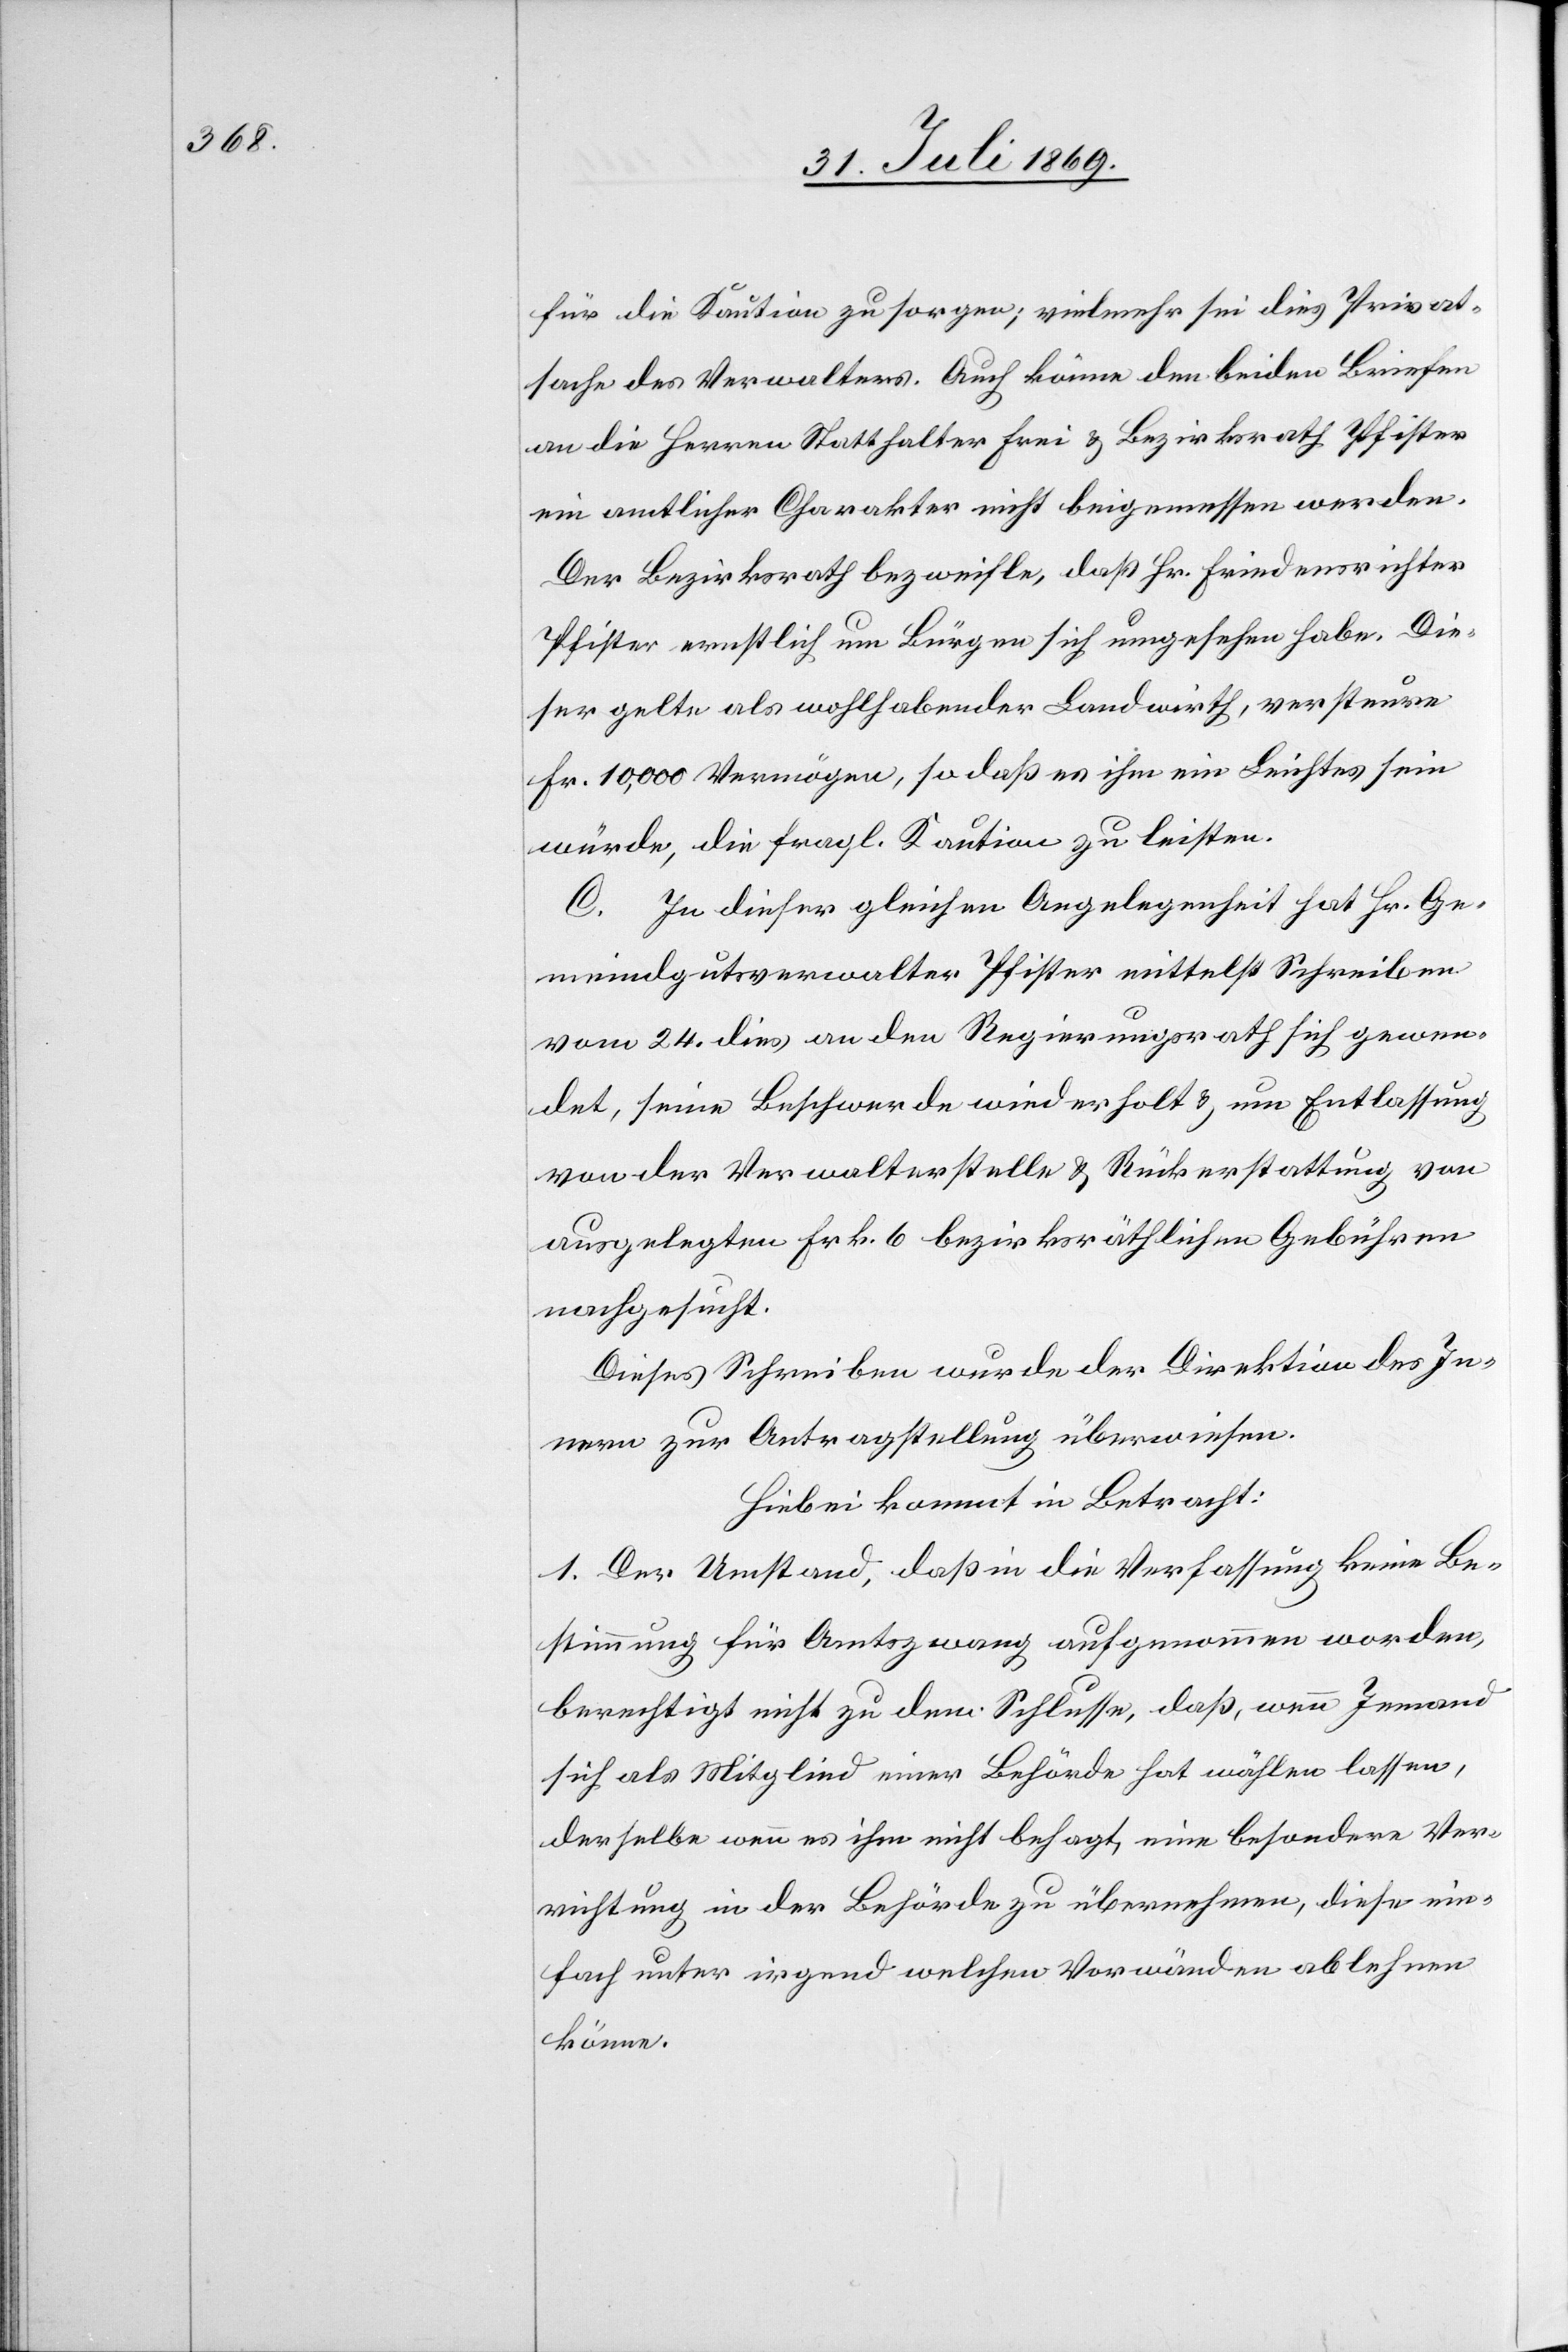
für die Kaution zu sorgen; vielmehr sei dies Privat¬
sache des Verwalters. Auch könne den beiden Briefen
an die Herren Statthalter Frei u. Bezirksrath Pfister
ein amtlicher Charakter nicht beigemessen werden.
Der Bezirksrath bezweifle, daß Hr. Friedensrichter
Pfister ernstlich um Bürgen sich umgesehen habe. Die¬
ser gelte als wohlhabender Landwirth, versteuere
Fr. 10,000 Vermögen, so daß es ihm ein Leichtes sein
würde, die fragl. Kaution zu leisten.
C. In dieser gleichen Angelegenheit hat Hr. Ge¬
meindgutsverwalter Pfister mittelst Schreiben
vom 24 dies an den Regierungsrath sich gewen¬
det, seine Beschwerde wiederholt u. um Entlassung
von der Verwalterstelle u. Rückerstattung von
ausgelegten Frk. 6 bezirksräthlichen Gebühren
nachgesucht.
Dieses Schreiben wurde der Direktion des In¬
nern zur Antragstellung überwiesen.
Hiebei kommt in Betracht:
1. Der Umstand, daß in die Verfassung keine Be¬
stimmung für Amtszwang aufgenommen worden,
berechtigt nicht zu dem Schlusse, daß, wenn Jemand
sich als Mitglied einer Behörde hat wählen lassen,
derselbe wenn es ihm nicht behagt, eine besondere Ver¬
richtung in der Behörde zu übernehmen, diese ein¬
fach unter irgend welchen Vorwänden ablehnen
könne.